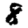
Digit: 8